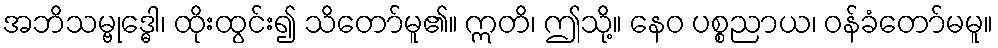
အဘိသမ္ဗုဒ္ဓေါ၊ ထိုးထွင်း၍ သိတော်မူ၏။ ဣတိ၊ ဤသို့။ နေဝ ပစ္စညာယ၊ ဝန်ခံတော်မမူ။